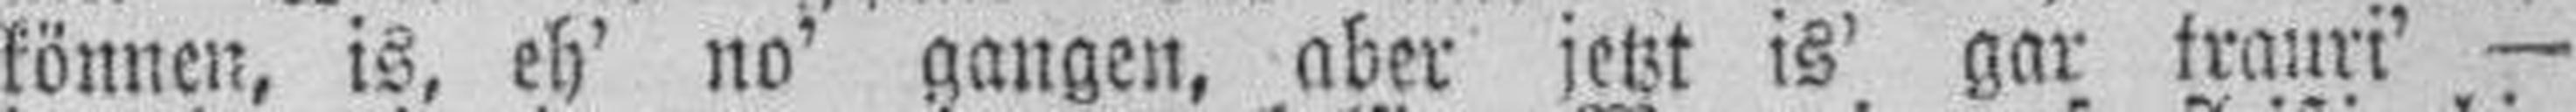
können, is, eh' no' gangen, aber jetzt is' gar trauri' —